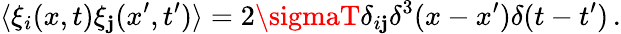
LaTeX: \langle\xi_{i}(x,t)\xi_{\mathbf{j}}(x^{\prime},t^{\prime})\rangle=2\sigmaT\delta_{i\mathbf{j}}\delta^{3}(x-x^{\prime})\delta(t-t^{\prime})\, .